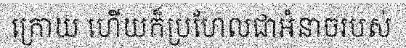
ក្រោយ ហើយក៏ប្រហែលជាអំនាចរបស់